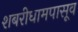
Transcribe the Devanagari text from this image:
शबरीधामपासूव